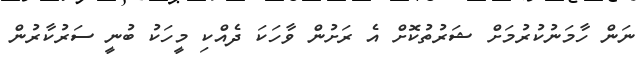
ނަން ހާމަނުކުރުމަށް ޝަރުތުކޮށް އެ ރަށުން ވާހަކަ ދެއްކި މީހަކު ބުނީ ސަރުކާރުން